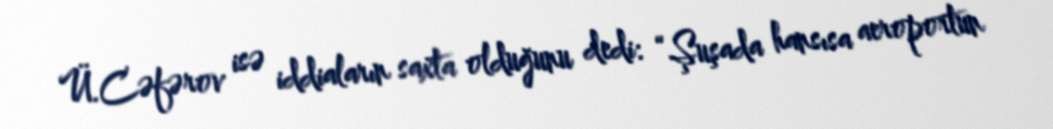
Ü.Cəfərov isə iddiaların saxta olduğunu dedi: “Şuşada hansısa aeroportun